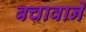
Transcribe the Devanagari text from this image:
बचावाने